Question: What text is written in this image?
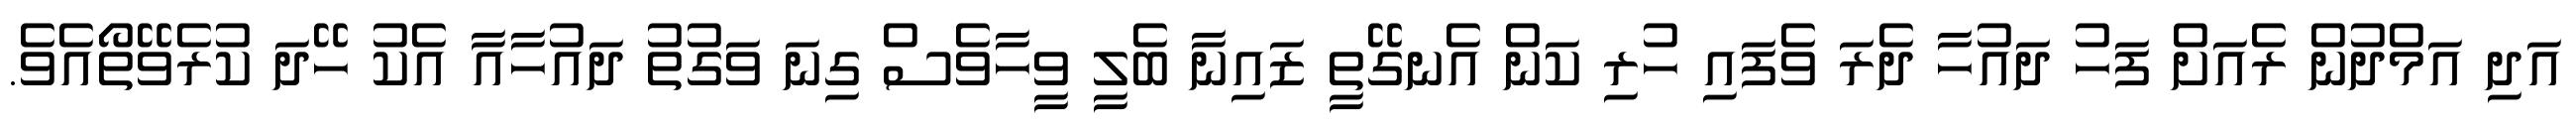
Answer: އަދި އަމްދުން ރެއަށް ފަހު ދައުހާ ދެރަ ވެފައި ހުރި ކަން އެނގޭތީ ޒައިނާ ބެލީ ވީހާވެސް ގިނަ ވަގުތު ދައުހާއާ އެކު ހޭދަ ކުރެވޭތޯއެވެ.